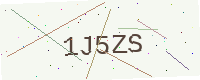
Text: 1J5ZS